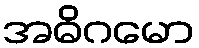
အဓိဂမော